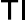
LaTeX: {\mathsf{T}}{\mathsf{I}}